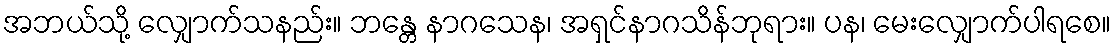
အဘယ်သို့ လျှောက်သနည်း။ ဘန္တေ နာဂသေန၊ အရှင်နာဂသိန်ဘုရား။ ပန၊ မေးလျှောက်ပါရစေ။